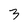
Character: 3